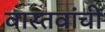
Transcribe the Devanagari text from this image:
वास्तवांची